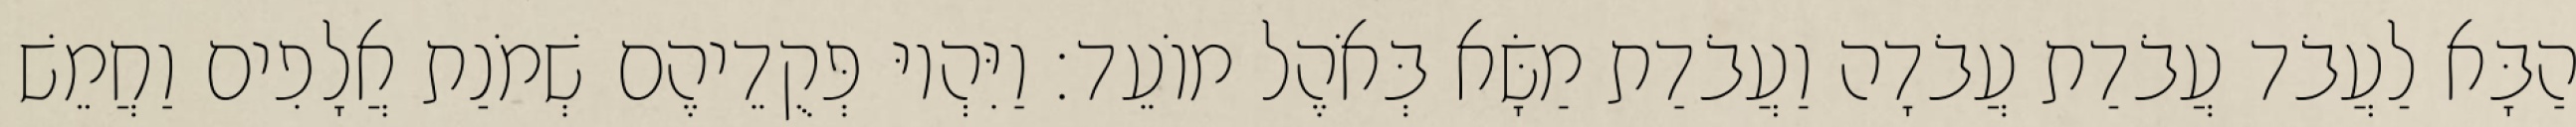
הַבָּא לַעֲבֹד עֲבֹדַת עֲבֹדָה וַעֲבֹדַת מַשָּׂא בְּאֹהֶל מוֹעֵד׃ וַיִּהְיוּ פְּקֻדֵיהֶם שְׁמֹנַת אֲלָפִים וַחֲמֵשׁ